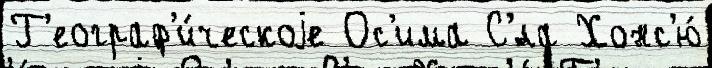
Г'еограф'и́ческоjе Ос'има С'́ла Хонс'ю́